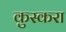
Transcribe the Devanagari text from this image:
कुस्करा